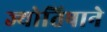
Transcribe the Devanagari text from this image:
ज्योतिषाने